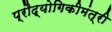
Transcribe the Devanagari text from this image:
प्रौद्योगिकीमंत्री